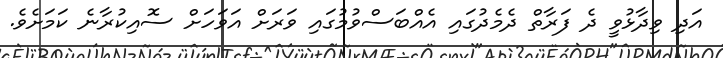
އަދި ވިދާޅުވީ ދެ ފަރާތް ދެމެދުގައި އެއްބަސްވުމުގައި ވަރަށް އަވަހަށް ސޮއިކުރާނެ ކަމަށެވެ.